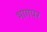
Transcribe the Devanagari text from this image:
भागपर